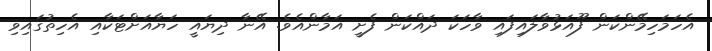
އެހަމަހިމޭންކަން ފޫއަޅުވާލައިފައި ވާހަކަ ދައްކަން ފެށީ އަމާންއެވެ. އޭނާ ދިޔައީ ހަޔާއަށްޓަކާއި އެހިތުގައިވި